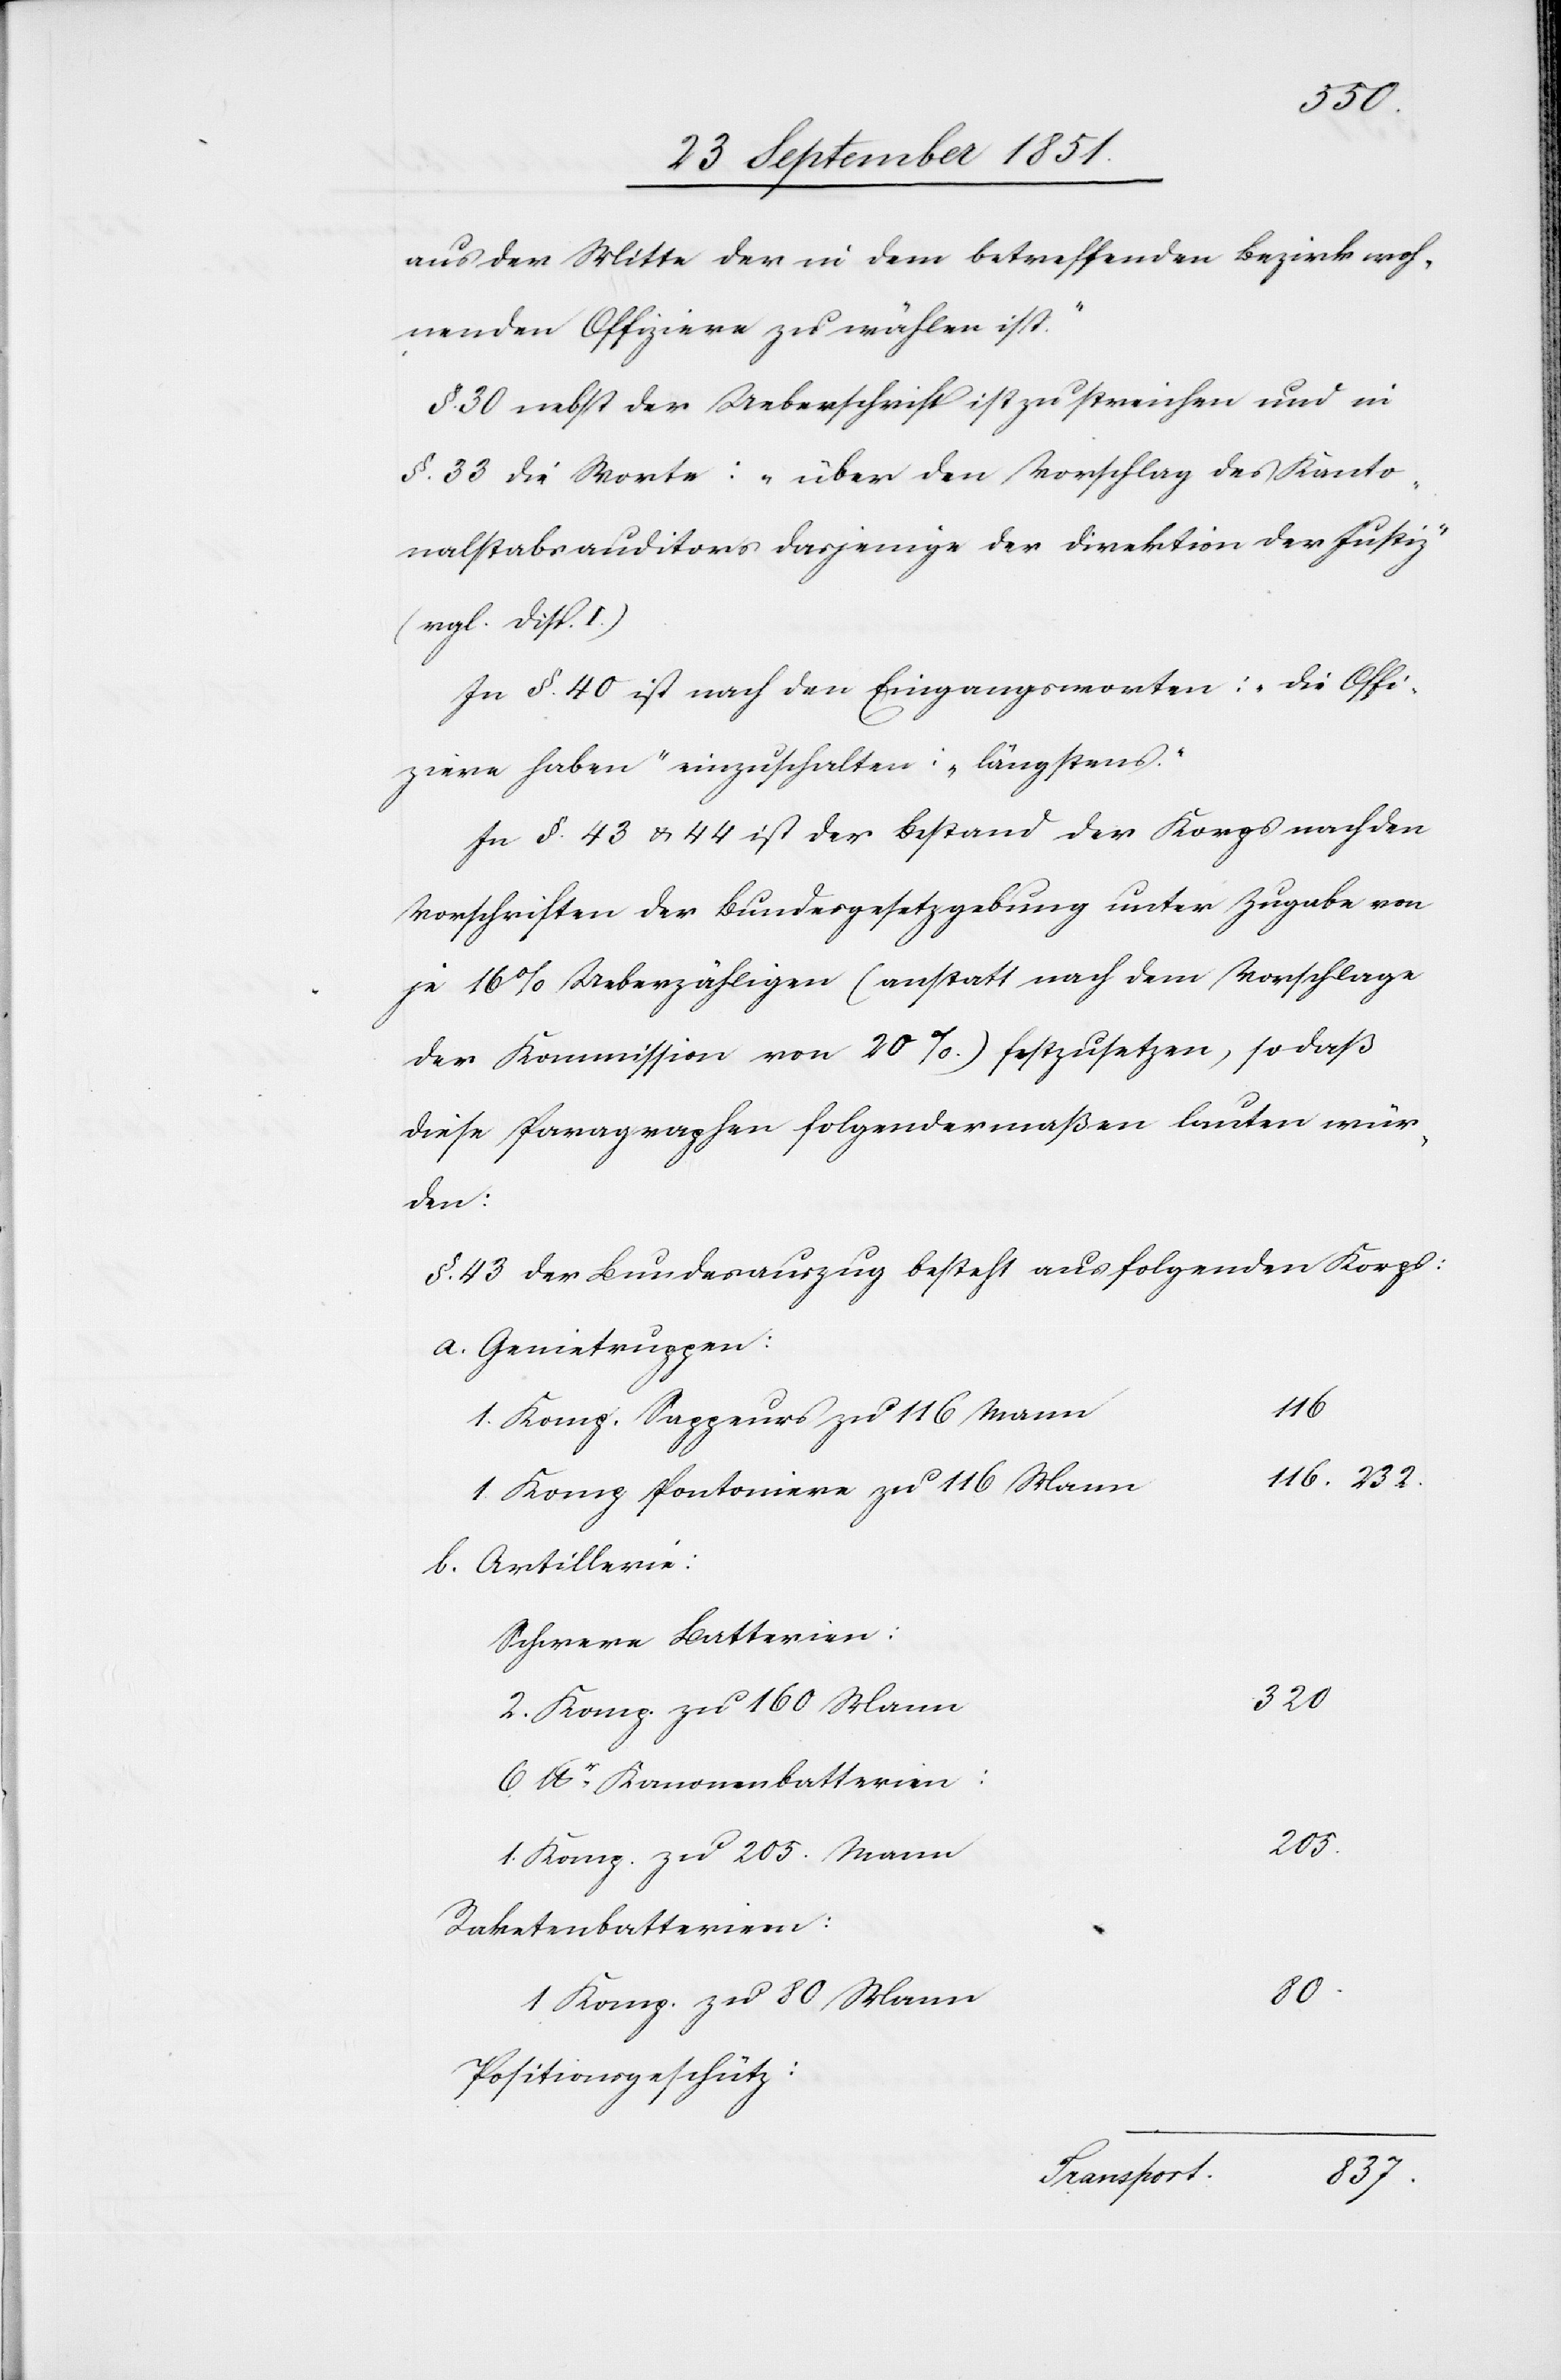
232.
aus der Mitte der in dem betreffenden Bezirk woh¬
nenden Offiziere zu wählen ist.“
§. 30 nebst der Ueberschrift ist zu streichen und in
§. 33 die Worte: „über den Vorschlag des Kanto¬
nalstabsauditors dasjenige der Direktion der Justiz“
(vgl. Disp. I.)
In §. 40 ist nach den Eingangsworten: „Die Offi¬
ziere haben“ einzuschalten: „längstens.“
In §. 43 & 44 ist der Bestand der Korps nach den
Vorschriften der Bundesgesetzgebung unter Zugabe von
je 16% Ueberzähligen (anstatt nach dem Vorschlage
der Kommission von 20%) festzusetzen, so daß
diese Paragraphen folgendermaßen lauten wür¬
den:
Der Bundesauszug besteht aus folgenden Korps:
Genietruppen:
116.
1. Komp. Sappeurs zu 116 Mann
1. Komp. Pontoniere zu 116 Mann
Schwere Batterien:
320
2. Komp. zu 160 Mann
6 lbr. Kanonenbatterien:
205.
1. Komp. zu 205. Mann
Raketenbatterien:
80.
1 Komp. zu 80 Mann
Positionsgeschütz:
Transport.
837.